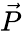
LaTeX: \vec{P}